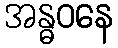
အန္ဓဝနေ